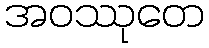
အဝဿုတေ